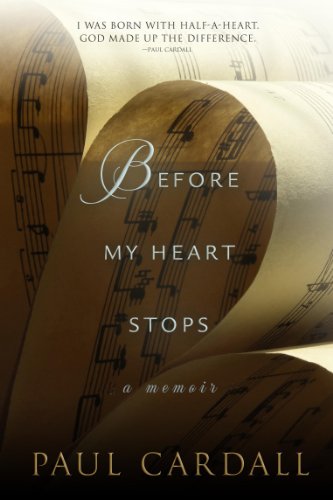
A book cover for Before My Heart Stops: A Memoir; Paul Cardall; Health, Fitness & Dieting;